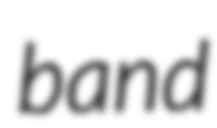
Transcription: band